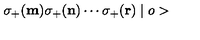
\sigma _ { + } ( { \bf m } ) \sigma _ { + } ( { \bf n } ) \cdots \sigma _ { + } ( { \bf r } ) \mid o >